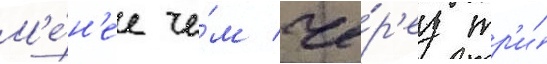
М'е́н'ее че́м че́р'ез тр'и́